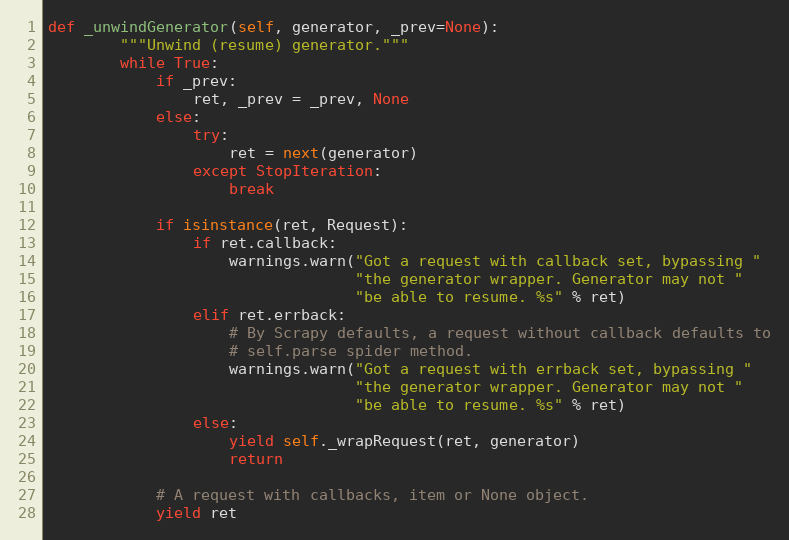
Language: Python
def _unwindGenerator(self, generator, _prev=None):
        """Unwind (resume) generator."""
        while True:
            if _prev:
                ret, _prev = _prev, None
            else:
                try:
                    ret = next(generator)
                except StopIteration:
                    break

            if isinstance(ret, Request):
                if ret.callback:
                    warnings.warn("Got a request with callback set, bypassing "
                                  "the generator wrapper. Generator may not "
                                  "be able to resume. %s" % ret)
                elif ret.errback:
                    # By Scrapy defaults, a request without callback defaults to
                    # self.parse spider method.
                    warnings.warn("Got a request with errback set, bypassing "
                                  "the generator wrapper. Generator may not "
                                  "be able to resume. %s" % ret)
                else:
                    yield self._wrapRequest(ret, generator)
                    return

            # A request with callbacks, item or None object.
            yield ret